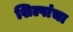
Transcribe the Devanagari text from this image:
शिल्पांचा